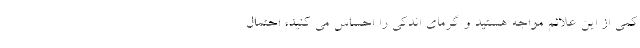
کمی از این علائم مواجه هستید و گرمای اندکی را احساس می کنید، احتمال